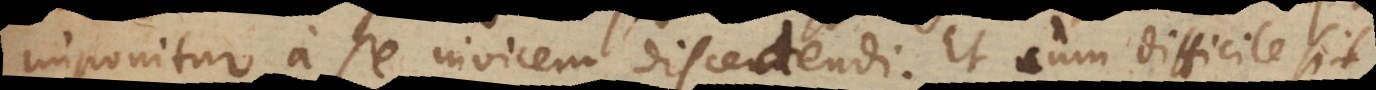
imponitur a se invicem discedendi. Et cum difficile sit